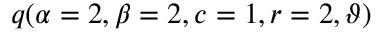
\displaystyle q ( \alpha = 2 , \beta = 2 , c = 1 , r = 2 , \vartheta )